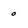
Character: 0